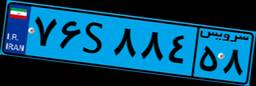
۸۶S۲۹۹۱۶